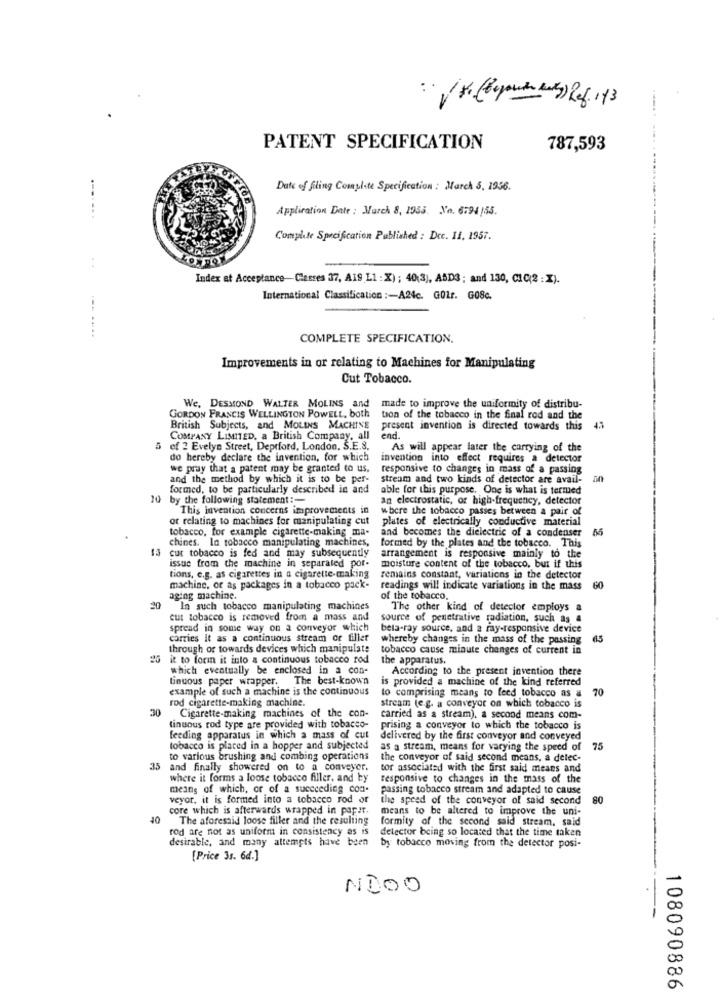
PATENT SPECIFICATION
787,593
Date of filing Complite Specification : March 5. 1956.
Application Date : March 8, 1955. No. 6794 /55.
...
--.
Complete Specification Published : Dcc. 11. 1957.
Index at Acceptance-Classes 37, A19 L1 : X) ; 40(3), ABD3 ; and 130, CIC(2 : X).
International Classification :- A24c. G01r. G08c.
---.....
COMPLETE SPECIFICATION.
Improvements in or relating to Machines for Manipulating
Cut Tobacco.
We, DESMOND WALTER MOLINS and
made to improve the uniformity of distribu-
GORDON FRANCIS WELLINGTON POWELL, both
tion of the tobacco in the final rod and the
British Subjects, and MOLINS MACHINE
present invention is directed towards this 43
COMPANY LIMITED, a British Company, all
end
of 2 Evelyn Street, Deptford, London, S.E.S.
As will appear later the carrying of the
do hereby declare the invention, for which
invention into effect requires a detector
we pray that a patent may be granted to us.
responsive to changes in mass of a passing
and the method by which it is to be per-
stream and two kinds of detector are avail-
formed, to be particularly described in and
able for this purpose, One is what is termed
10 by the following statement :-
an electrostatic, or high-frequency, detector
This invention concerns improvements in
where the tobacco passes between a pair of
or relating to machines for manipulating cut
plates of electrically conductive material
tobacco, for example cigarette-making ma-
and becomes the dielectric of a condenser
55
chines. In tobacco manipulating machines,
formed by the plates and the tobacco. This
13 cut tobacco is fed and may subsequently
arrangement is responsive mainly to the
issue from the machine in separated por-
moisture content of the tobacco, but if this
tions, e.g. as cigarettes in a cigarette-making
remains constant, variations in the detector
machine, or as packages in a tobacco pack-
readings will indicate variations in the mass
60
aging machine.
of the tobacco.
30
In such tobacco manipulating machines
The other kind of detector employs a
cut tobacco is removed from a mass and
source of penetrative radiation, such as a
spread in some way on a conveyor which
beta-ray source, and a ray-responsive device
carries it as a continuous stream or filler
whereby changes in the mass of the passing
65
through of towards devices which manipulate
tobacco cause minute changes of current in
20 it to forin it into a continuous tobacco rod
the apparatus.
which eventually be enclosed in a con-
According to the present jovention there
tinuous paper wrapper.
The best-known
is provided a machine of the kind referred
example of such a machine is the continuous
to comprising means to feed tobacco as a
70
rod cigarette-making machine.
stream (e.g. a conveyor on which tobacco is
30
Cigarette-making machines of the con-
carried as a stream), a second means com-
tinuous rod type are provided with tobacco-
prising a conveyor to which the tobacco is
feeding apparatus in which a mass of cut
delivered by the first conveyor and conveyed
tobacco is placed in a hopper and subjected
as a stream, means for varying the speed of
75
to various brushing and combing operations
the conveyor of said second means, a delec-
35 and finally showered on to a conveyer.
tor associated with the first said means and
where it forms a loose tobacco filler, and by
responsive to changes in the mass of the
means of which, or of a succeeding com.
passing tobacco stream and adapted to cause
veyor, it is formed into a tobacco rod or
the speed of the conveyor of said second
80
core which is afterwards wrapped in pap It.
means to be altered to improve the uni-
40
The aforesaid loose filler and the resulting
formity of the second said stream. said
rod are not as uniform in consistency as is
detector being so located that the time taken
desirable, and many attempts have been by tobacco moving from the detector posi-
[Price 3s. 6d.]
NOOO
108090886